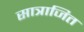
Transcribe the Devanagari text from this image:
सात्राजित